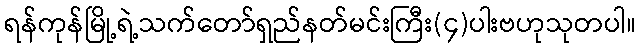
ရန်ကုန်မြို့ရဲ့သက်တော်ရှည်နတ်မင်းကြီး(၄)ပါးဗဟုသုတပါ။